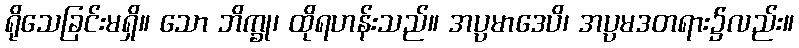
ရိုသေခြင်းမရှိ။ သော ဘိက္ခု၊ ထိုရဟန်းသည်။ အပ္ပမာဒေပိ၊ အပ္ပမဒတရား၌လည်း။